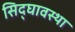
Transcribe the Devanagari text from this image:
सिद्घावस्था